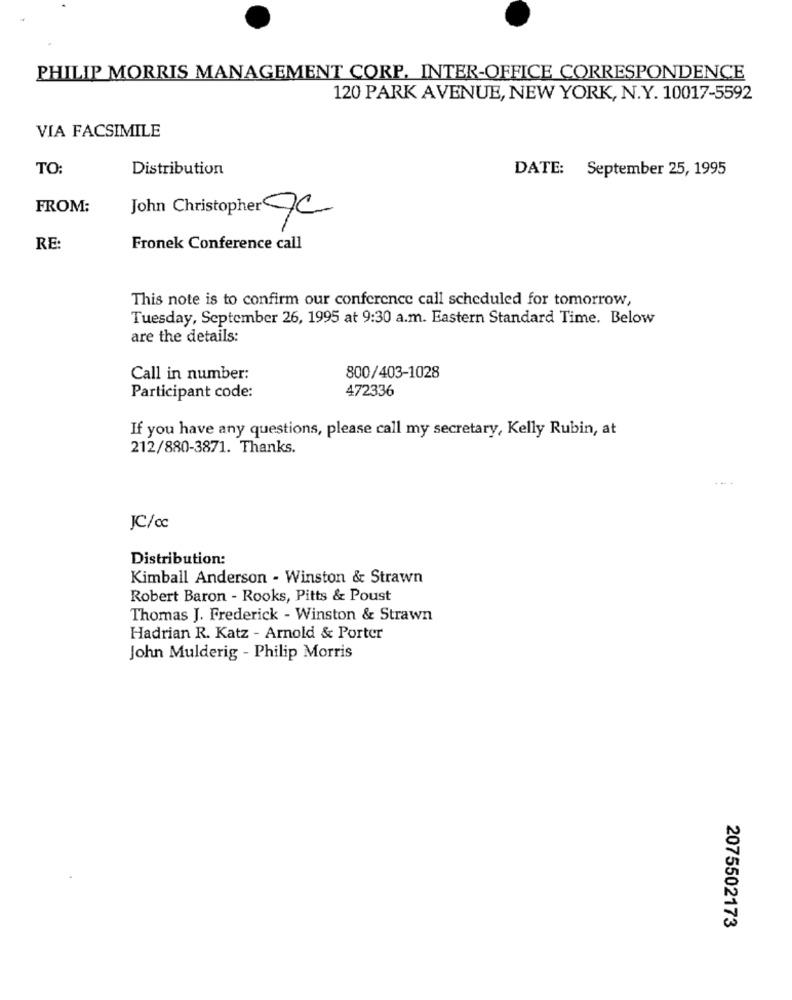
PHILIP MORRIS MANAGEMENT CORP, INTER-OFFICE CORRESPONDENCE
120 PARK AVENUE, NEW YORK, N.Y. 10017-5592
VIA FACSIMILE
TO:
Distribution
DATE: September 25, 1995
FROM:
John Christopher JC
RE:
Fronek Conference call
This note is to confirm our conference call scheduled for tomorrow,
Tuesday, September 26, 1995 at 9:30 a.m. Eastern Standard Time. Below
are the details:
Call in number:
800/403-1028
472336
Participant code:
If you have any questions, please call my secretary, Kelly Rubin, at
212/880-3871. Thanks.
JC/cc
Distribution:
Kimball Anderson - Winston & Strawn
Robert Baron - Rooks, Pitts & Poust
Thomas J. Frederick - Winston & Strawn
Hadrian R. Katz - Arnold & Porter
John Mulderig - Philip Morris
2075502173